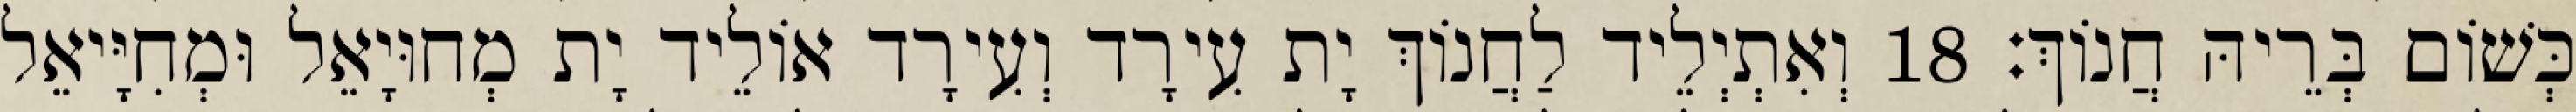
כְּשׁוֹם בְּרֵיהּ חֲנוֹךְ׃ 18 וְאִתְיְלֵיד לַחֲנוֹךְ יָת עִירָד וְעִירָד אוֹלֵיד יָת מְחוּיָאֵל וּמְחִיָּיאֵל